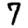
Digit: 7